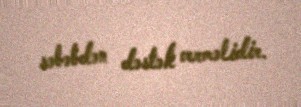
səbəbdən dəstək verməlidir.